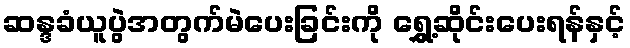
ဆန္ဒခံယူပွဲအတွက်မဲပေးခြင်းကို ရွှေ့ဆိုင်းပေးရန်နှင့်